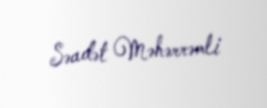
Səadət Məhərrəmli